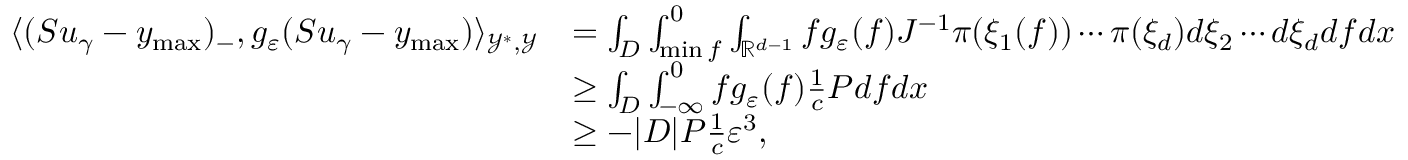
\begin{array} { r l } { \langle ( S u _ { \gamma } - y _ { \operatorname* { m a x } } ) _ { - } , g _ { \varepsilon } ( S u _ { \gamma } - y _ { \operatorname* { m a x } } ) \rangle _ { \mathcal { Y } ^ { * } , \mathcal { Y } } } & { = \int _ { D } \int _ { \operatorname* { m i n } f } ^ { 0 } \int _ { \mathbb { R } ^ { d - 1 } } f g _ { \varepsilon } ( f ) J ^ { - 1 } \pi ( \xi _ { 1 } ( f ) ) \cdots \pi ( \xi _ { d } ) d \xi _ { 2 } \cdots d \xi _ { d } d f d x } \\ & { \ge \int _ { D } \int _ { - \infty } ^ { 0 } f g _ { \varepsilon } ( f ) \frac { 1 } { c } P d f d x } \\ & { \ge - | D | P \frac { 1 } { c } \varepsilon ^ { 3 } , } \end{array}